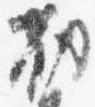
勧